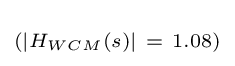
\scriptstyle \left(\left|H_{WCM}\left(s\right)\right|~=~1.08\right)